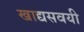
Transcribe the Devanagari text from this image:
खाद्यसवयी